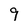
Character: 9